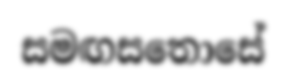
සමඟසතොසේ